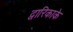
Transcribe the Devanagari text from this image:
द्वारिकाके